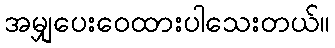
အမျှပေးဝေထားပါသေးတယ်။